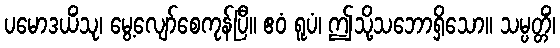
ပမောဒယိံသု၊ မွေ့လျော်စေကုန်ပြီ။ ဧဝံ ရူပံ၊ ဤသို့သဘောရှိသော။ သမ္ပတ္တိံ၊